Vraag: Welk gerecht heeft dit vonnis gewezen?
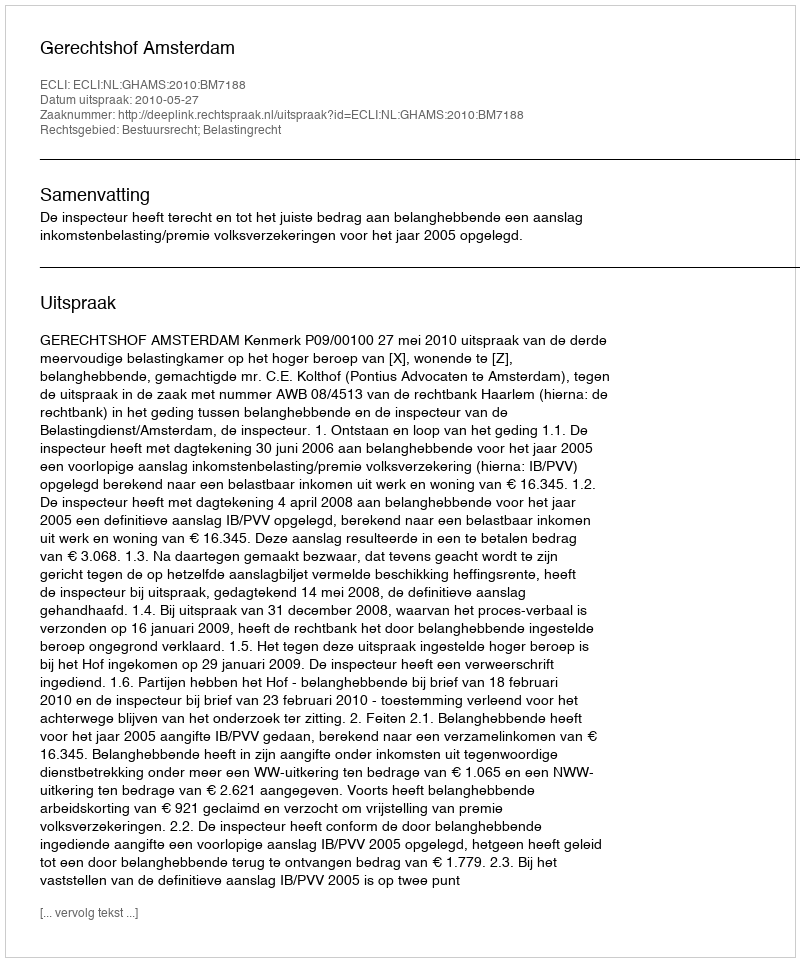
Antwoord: Gerechtshof Amsterdam